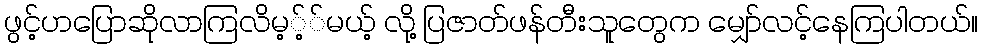
ဖွင့်ဟပြောဆိုလာကြလိမ့့််မယ့် လို့ ပြဇာတ်ဖန်တီးသူတွေက မျှော်လင့်နေကြပါတယ်။